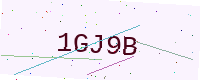
Text: 1GJ9B